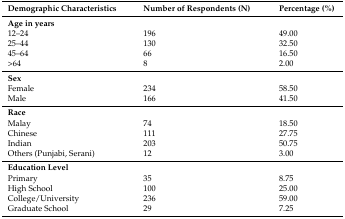
| Demographic Characteristics | Number of Respondents (N) | Percentage (%) |
 | --- | --- | --- |
 | <COLSPAN=3> Age in years |
 | 12–24 | 196 | 49.00 |
 | 25–44 | 130 | 32.50 |
 | 45–64 | 66 | 16.50 |
 | >64 | 8 | 2.00 |
 | <COLSPAN=3> Sex |
 | Female | 234 | 58.50 |
 | Male | 166 | 41.50 |
 | <COLSPAN=3> Race |
 | Malay | 74 | 18.50 |
 | Chinese | 111 | 27.75 |
 | Indian | 203 | 50.75 |
 | Others (Punjabi, Serani) | 12 | 3.00 |
 | <COLSPAN=3> Education Level |
 | Primary | 35 | 8.75 |
 | High School | 100 | 25.00 |
 | College/University | 236 | 59.00 |
 | Graduate School | 29 | 7.25 |